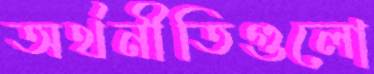
অর্থনীতিগুলো